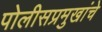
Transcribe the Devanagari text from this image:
पोलीसप्रमुखांचे